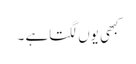
کبھی یوں لگتاہے ۔